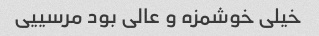
خیلی خوشمزه و عالی بود مرسییی